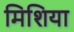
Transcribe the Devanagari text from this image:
मिशिया